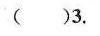
（）3.